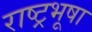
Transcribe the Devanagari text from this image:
राष्ट्रभूषा